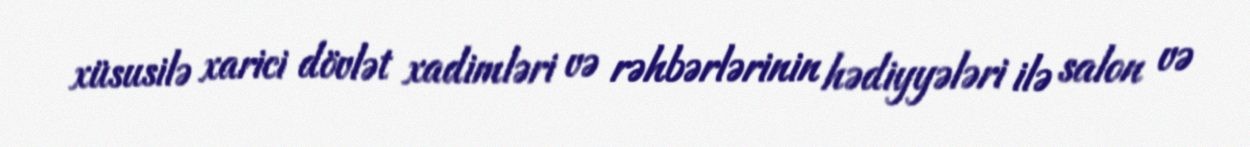
xüsusilə xarici dövlət xadimləri və rəhbərlərinin hədiyyələri ilə salon və